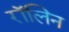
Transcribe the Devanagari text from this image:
रॉलिन